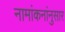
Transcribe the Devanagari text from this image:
नामांकनांनुसार